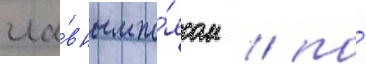
гла́вным по́ясом / по́